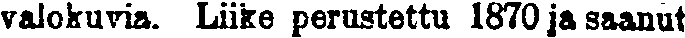
valokuvia. Liike perustettu 1870 ja saanut